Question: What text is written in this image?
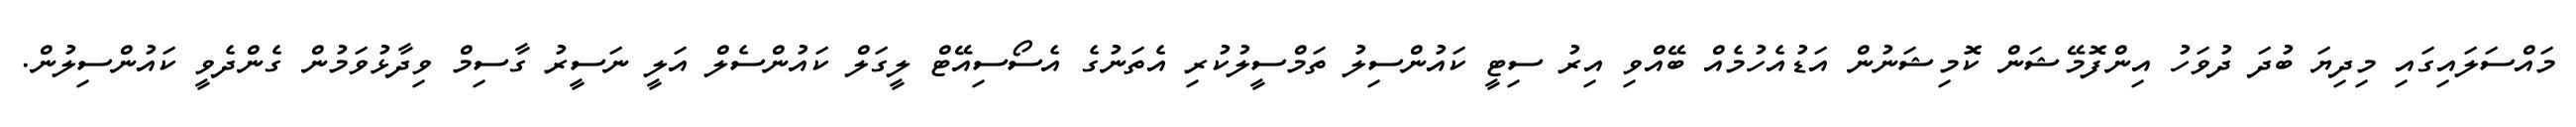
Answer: މައްސަލައިގައި މިދިޔަ ބުދަ ދުވަހު އިންފޮމޭޝަން ކޮމިޝަނުން އަޑުއެހުމެއް ބޭއްވި އިރު ސިޓީ ކައުންސިލު ތަމްސީލުކުރި އެތަނުގެ އެސޯސިއޭޓް ލީގަލް ކައުންސެލް އަލީ ނަސީރު ގާސިމް ވިދާޅުވަމުން ގެންދެވީ ކައުންސިލުން.